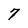
Character: 7